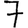
Digit: 7